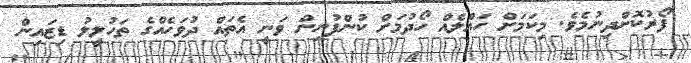
ފޯރުކޮށްދިނުމެވެ. މިކަމަށް ހައްލެއް ހޯދުމަށް ކުންފުނިން ވަނީ އެތައް ދުވަހެއްގެ ތަހުލީލު ޑިޒައިން